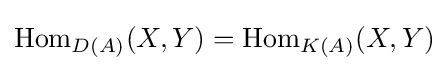
\mathrm {Hom} _{D(A)}(X,Y)=\mathrm {Hom} _{K(A)}(X,Y)